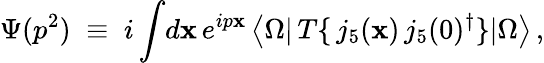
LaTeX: \Psi(p^{2})\; \equiv\; i\int\! d\mathbf{x}\, e^{ip\mathbf{x}}\, \big<\Omega\vert\, T\{ \, j_{5}(\mathbf{x})\, j_{5}(0)^{\dagger}\} \vert\Omega\big>\, ,